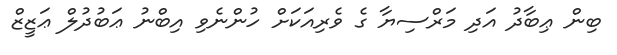
ބިން ޢިބާދު އަދި މަރްސިޔާ ގެ ވެރިއަކަށް ހުންނެވި އިބްނު ޢަބުދުލް ޢަޒީޒް